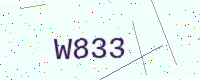
Text: W833